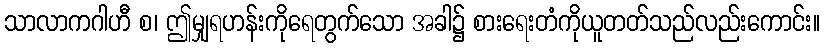
သာလာကဂါဟီ စ၊ ဤမျှရဟန်းကိုရေတွက်သော အခါ၌ စားရေးတံကိုယူတတ်သည်လည်းကောင်း။